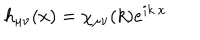
LaTeX: h _ { \mu \nu } ( x ) = \chi _ { \mu \nu } ( k ) e ^ { i k . x }